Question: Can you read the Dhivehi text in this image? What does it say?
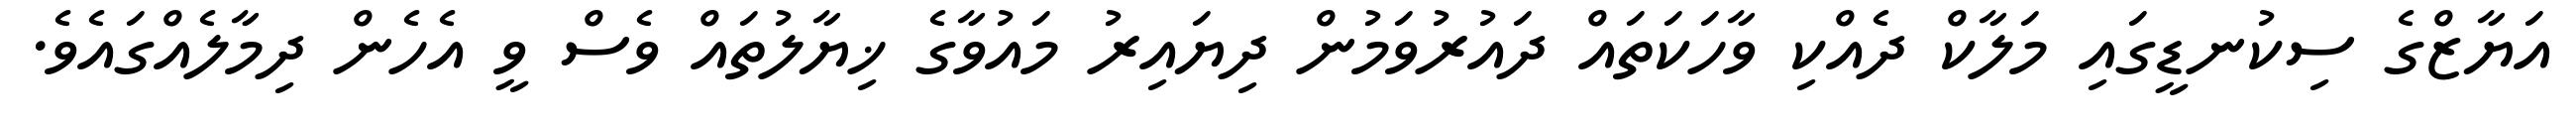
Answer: އަޔާޒްގެ ސިކުނޑީގައި މަލާކް ދެއްކި ވާހަކަތައް ދައުރުވަމުން ދިޔައިރު މައުވާގެ ޚިޔާލުތައް ވެސް ވީ އެހެން ދިމާލެއްގައެވެ.